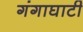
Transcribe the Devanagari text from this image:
गंगाघाटी